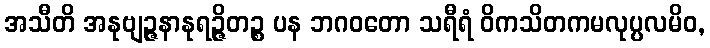
အသီတိ အနုဗျဉ္ဇနာနုရဉ္ဇိတဉ္စ ပန ဘဂဝတော သရီရံ ဝိကသိတကမလုပ္ပလမိဝ,